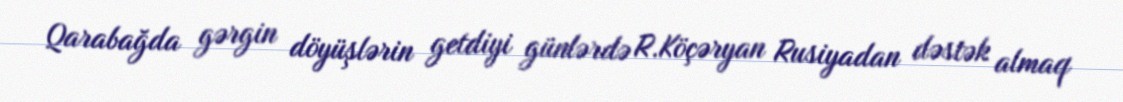
Qarabağda gərgin döyüşlərin getdiyi günlərdə R.Köçəryan Rusiyadan dəstək almaq